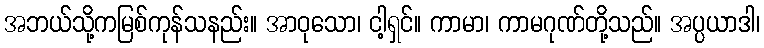
အဘယ်သို့ကမြစ်ကုန်သနည်း။ အာဝုသော၊ ငါ့ရှင်။ ကာမာ၊ ကာမဂုဏ်တို့သည်။ အပ္ပယာဒါ၊